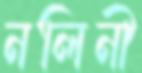
নলিনী